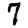
Digit: 7